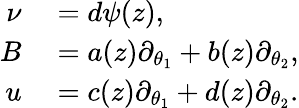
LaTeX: \begin{array}{rl}{\nu}&{{}=d\psi(z),}\\ {B}&{{}=a(z)\partial_{\theta_{1}}+b(z)\partial_{\theta_{2}},}\\ {u}&{{}=c(z)\partial_{\theta_{1}}+d(z)\partial_{\theta_{2}}.}\end{array}